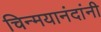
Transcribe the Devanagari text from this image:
चिन्मयानंदांनी